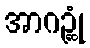
အာဂဉ္ဆုံ